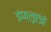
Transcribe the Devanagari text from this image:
इंफ्लुएंझे